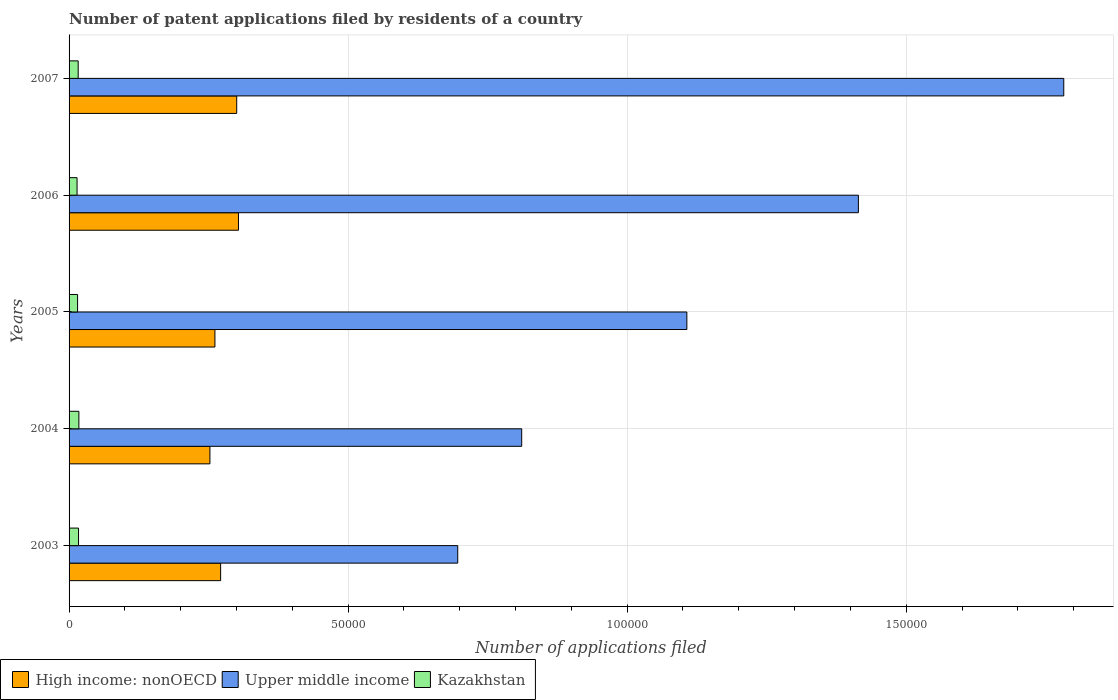
| Years | High income: nonOECD | Upper middle income | Kazakhstan |
 | --- | --- | --- | --- |
 | 2003 | 2.72e+04 | 6.96e+04 | 1.7e+03 |
 | 2004 | 2.52e+04 | 8.11e+04 | 1.76e+03 |
 | 2005 | 2.61e+04 | 1.11e+05 | 1.52e+03 |
 | 2006 | 3.04e+04 | 1.41e+05 | 1.43e+03 |
 | 2007 | 3e+04 | 1.78e+05 | 1.63e+03 |